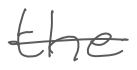
Text: the
Cross-out: single-line
Writing tool: digital_gray